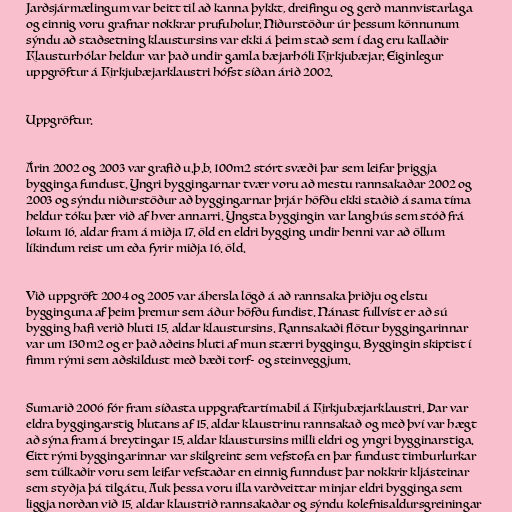
Jarðsjármælingum var beitt til að kanna þykkt, dreifingu og gerð mannvistarlaga
og einnig voru grafnar nokkrar prufuholur. Niðurstöður úr þessum könnunum
sýndu að staðsetning klaustursins var ekki á þeim stað sem í dag eru kallaðir
Klausturhólar heldur var það undir gamla bæjarhóli Kirkjubæjar. Eiginlegur
uppgröftur á Kirkjubæjarklaustri hófst síðan árið 2002.

Uppgröftur.

Árin 2002 og 2003 var grafið u.þ.b. 100m2 stórt svæði þar sem leifar þriggja
bygginga fundust. Yngri byggingarnar tvær voru að mestu rannsakaðar 2002 og
2003 og sýndu niðurstöður að byggingarnar þrjár höfðu ekki staðið á sama tíma
heldur tóku þær við af hver annarri. Yngsta byggingin var langhús sem stóð frá
lokum 16. aldar fram á miðja 17. öld en eldri bygging undir henni var að öllum
líkindum reist um eða fyrir miðja 16. öld.

Við uppgröft 2004 og 2005 var áhersla lögð á að rannsaka þriðju og elstu
bygginguna af þeim þremur sem áður höfðu fundist. Nánast fullvíst er að sú
bygging hafi verið hluti 15. aldar klaustursins. Rannsakaði flötur byggingarinnar
var um 130m2 og er það aðeins hluti af mun stærri byggingu. Byggingin skiptist í
fimm rými sem aðskildust með bæði torf- og steinveggjum.

Sumarið 2006 fór fram síðasta uppgraftartímabil á Kirkjubæjarklaustri. Þar var
eldra byggingarstig hlutans af 15. aldar klaustrinu rannsakað og með því var hægt
að sýna fram á breytingar 15. aldar klaustursins milli eldri og yngri bygginarstiga.
Eitt rými byggingarinnar var skilgreint sem vefstofa en þar fundust timburlurkar
sem túlkaðir voru sem leifar vefstaðar en einnig funndust þar nokkrir kljásteinar
sem styðja þá tilgátu. Auk þessa voru illa varðveittar minjar eldri bygginga sem
liggja norðan við 15. aldar klaustrið rannsakaðar og sýndu kolefnisaldursgreiningar